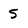
Character: 5